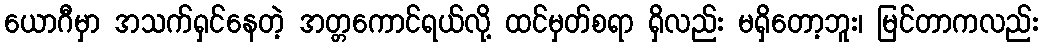
ယောဂီမှာ အသက်ရှင်နေတဲ့ အတ္တကောင်ရယ်လို့ ထင်မှတ်စရာ ရှိလည်း မရှိတော့ဘူး၊ မြင်တာကလည်း